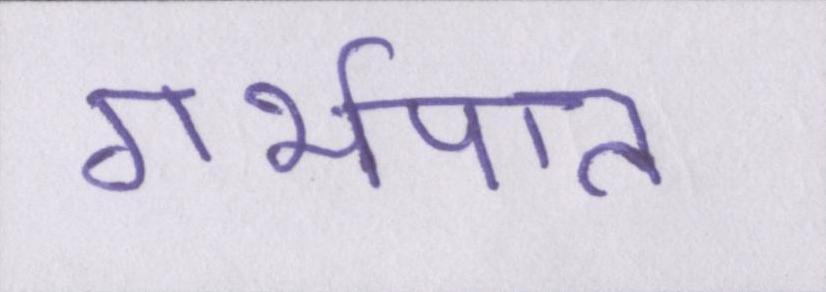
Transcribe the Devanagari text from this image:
गर्भपात